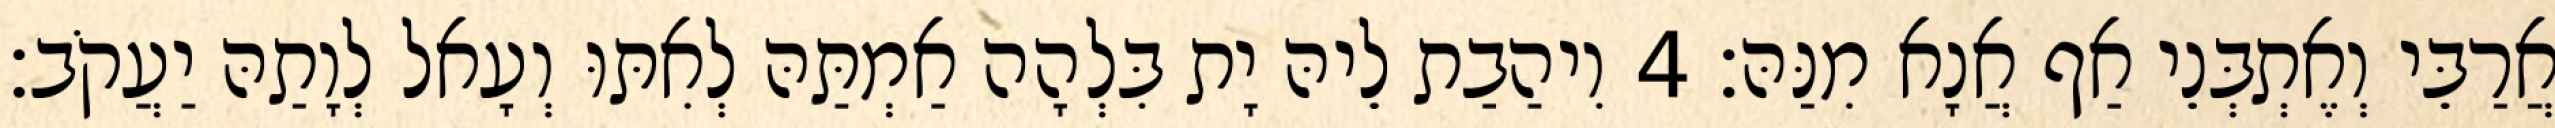
אֲרַבֵּי וְאֶתְבְּנֵי אַף אֲנָא מִנַּהּ׃ 4 וִיהַבַת לֵיהּ יָת בִּלְהָה אַמְתַּהּ לְאִתּוּ וְעָאל לְוָתַהּ יַעֲקֹב׃